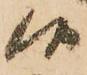
候